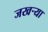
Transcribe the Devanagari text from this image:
जखऱ्या